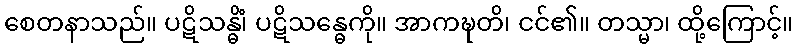
စေတနာသည်။ ပဋိသန္ဓိံ၊ ပဋိသန္ဓေကို။ အာကဍ္ဎတိ၊ ငင်၏။ တသ္မာ၊ ထို့ကြောင့်။